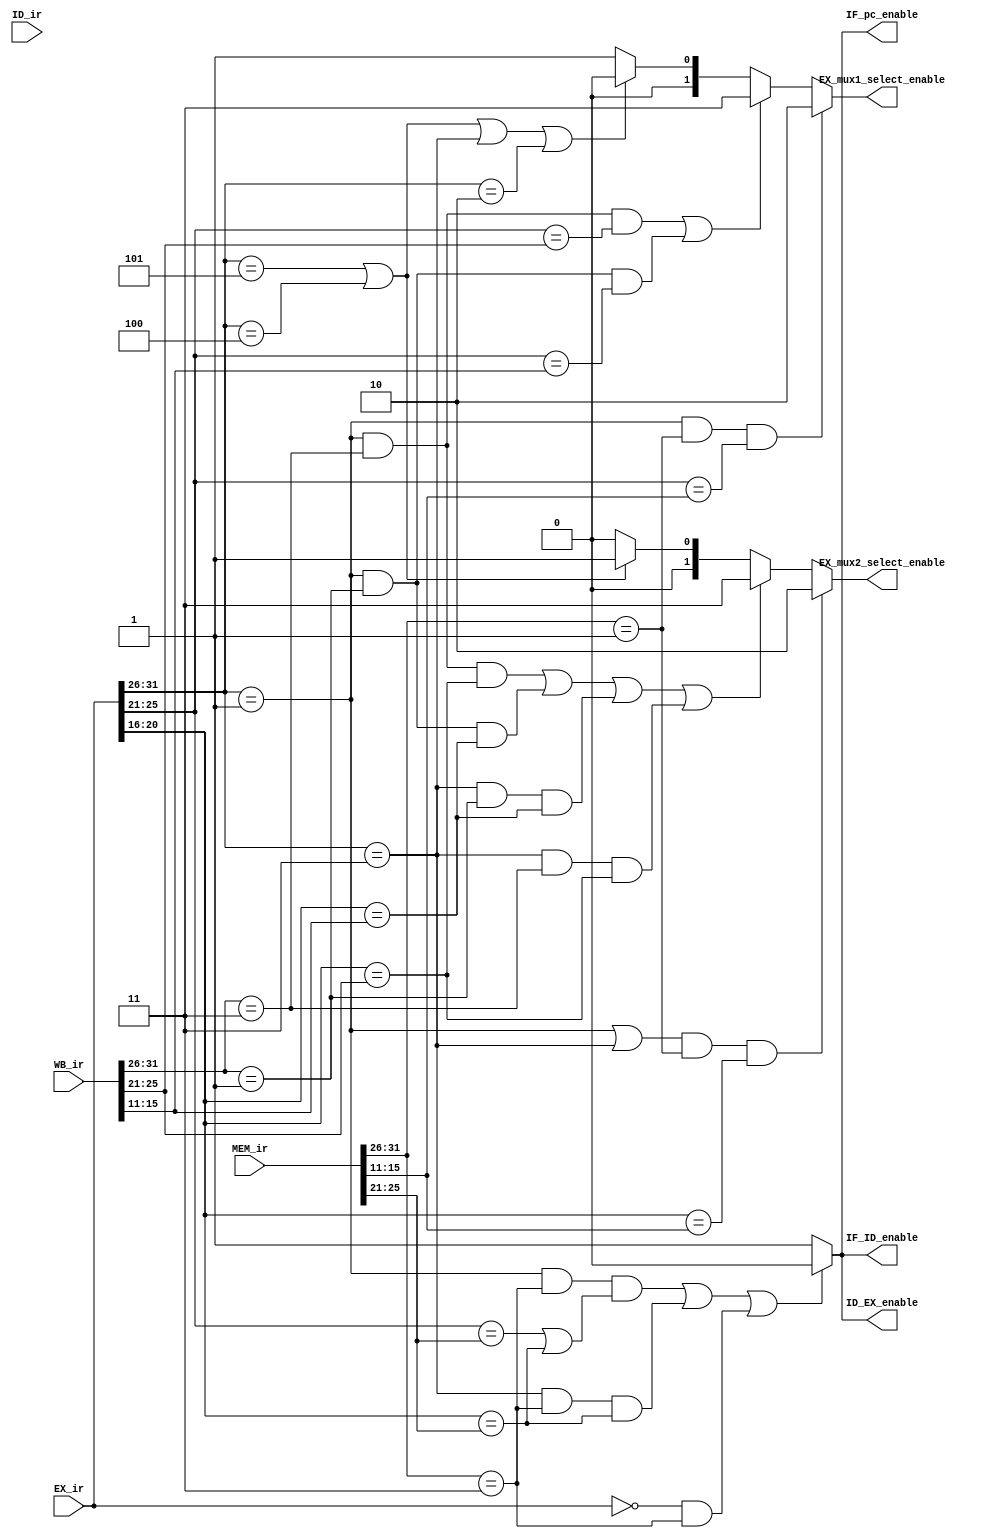
`timescale 1ns / 1ps
//////////////////////////////////////////////////////////////////////////////////
// Company: 
// Engineer: 
// 
// Design Name: 
// Module Name:    Conflict_Control_Unit 
// Project Name: 
// Target Devices: 
// Tool versions: 
// Description: 
//
// Dependencies: 
//
// Revision: 
// Revision 0.01 - File Created
// Additional Comments: 
//
//////////////////////////////////////////////////////////////////////////////////
module Conflict_Control_Unit(
    input [31:0] ID_ir,
    input [31:0] EX_ir,
    input [31:0] MEM_ir,
    input [31:0] WB_ir,
	 output IF_pc_enable,
	 output IF_ID_enable,	
    output ID_EX_enable,
    output [1:0] EX_mux1_select_enable,
    output [1:0] EX_mux2_select_enable
    );
	 
	parameter [5:0] ALU = 6'b000001;
	parameter [5:0] SW  = 6'b000010;
	parameter [5:0] LW  = 6'b000011;
	parameter [5:0] BEQ = 6'b000100;
	parameter [5:0] JMP = 6'b000101;
	
	parameter [31:0] NUL = 32'h00000000;
	
	wire [5:0] EX_op;
	wire [4:0] EX_rs1;
	wire [4:0] EX_rs2;
	wire [5:0] MEM_op;
	wire [4:0] MEM_rrd;
	wire [4:0] MEM_lwd;
	wire [5:0] WB_op;		
	wire [4:0] WB_rrd;
	wire [4:0] WB_lwd;
	
	assign EX_op  = EX_ir[31:26];
	assign EX_rs1 = EX_ir[25:21];
	assign EX_rs2 = EX_ir[20:16];
	assign MEM_op = MEM_ir[31:26];
	assign MEM_lwd = MEM_ir[25:21];
	assign MEM_rrd = MEM_ir[15:11];
	assign WB_op  = WB_ir[31:26];
	assign WB_lwd = WB_ir[25:21];
	assign WB_rrd = WB_ir[15:11];
	
	//ALU1ID/EXEX/MEM--10
	//WB_ir LWEX_irALU/BEQ	etc, == 11
	assign EX_mux1_select_enable = (EX_op == ALU && MEM_op == ALU && EX_rs1 == MEM_rrd)? 2'b10 :
	                           	((EX_op == ALU && WB_op == LW  && EX_rs1 == WB_lwd) 
	                            || (EX_op == ALU && WB_op == ALU && EX_rs1 == WB_rrd))? 2'b11:
		                            (EX_op == JMP || EX_op == BEQ || EX_op == LW || EX_op == SW)? 2'b00 : 2'b01;
											 
	//mux2 ALULW
	assign EX_mux2_select_enable = ((EX_op == ALU || EX_op == LW) && MEM_op == ALU && EX_rs2 == MEM_rrd)? 2'b10 :
											 ((EX_op == ALU && WB_op == LW  && EX_rs2 == WB_lwd)
										  || (EX_op == ALU && WB_op == ALU && EX_rs2 == WB_rrd)
									     || (EX_op == LW  && WB_op == ALU && EX_rs2 == WB_rrd)
										  || (EX_op == LW  && WB_op == LW  && EX_rs2 == WB_lwd))? 2'b11:
											  (EX_op == JMP || EX_op == BEQ)? 2'b01 : 2'b00;
		
	assign IF_pc_enable = ID_EX_enable;
							  
	assign IF_ID_enable = ID_EX_enable;
	
	assign ID_EX_enable = ((EX_op == ALU && MEM_op == LW && (EX_rs1 == MEM_lwd || EX_rs2 == MEM_lwd))
	                    || (EX_op == LW  && MEM_op == LW &&  EX_rs2 == MEM_lwd)
	                    || (EX_ir == NUL && MEM_op == LW))? 1'b0 : 1'b1;
	
endmodule